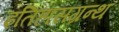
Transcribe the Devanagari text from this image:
इतिहासग्रन्थ